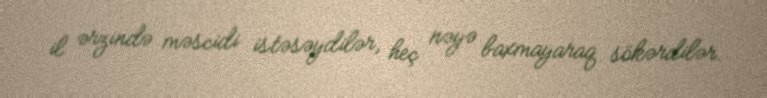
il ərzində məscidi istəsəydilər, heç nəyə baxmayaraq sökərdilər.